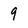
Character: 9